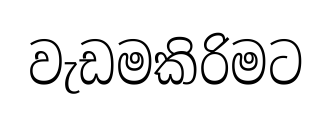
වැඩමකිරිමට